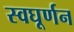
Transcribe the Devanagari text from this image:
स्वघूर्णन